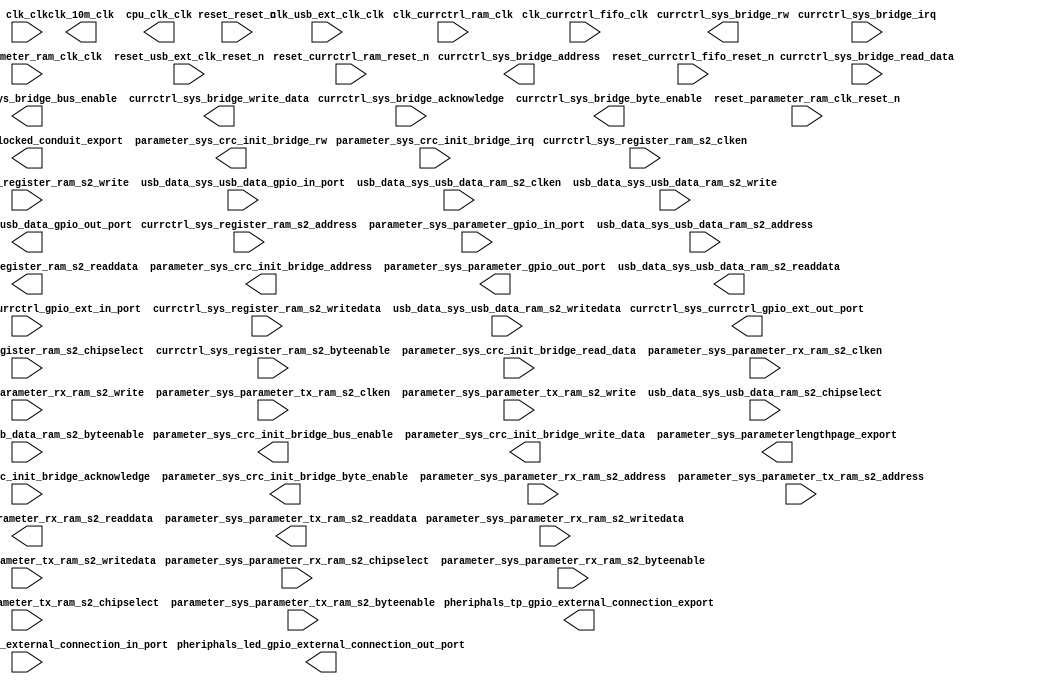

module Mk8_InlineController_CPU (
	altpll_sys_locked_conduit_export,
	clk_clk,
	clk_10m_clk,
	clk_currctrl_fifo_clk,
	clk_currctrl_ram_clk,
	clk_parameter_ram_clk_clk,
	clk_usb_ext_clk_clk,
	cpu_clk_clk,
	currctrl_sys_bridge_acknowledge,
	currctrl_sys_bridge_irq,
	currctrl_sys_bridge_address,
	currctrl_sys_bridge_bus_enable,
	currctrl_sys_bridge_byte_enable,
	currctrl_sys_bridge_rw,
	currctrl_sys_bridge_write_data,
	currctrl_sys_bridge_read_data,
	currctrl_sys_currctrl_gpio_ext_in_port,
	currctrl_sys_currctrl_gpio_ext_out_port,
	currctrl_sys_register_ram_s2_address,
	currctrl_sys_register_ram_s2_chipselect,
	currctrl_sys_register_ram_s2_clken,
	currctrl_sys_register_ram_s2_write,
	currctrl_sys_register_ram_s2_readdata,
	currctrl_sys_register_ram_s2_writedata,
	currctrl_sys_register_ram_s2_byteenable,
	parameter_sys_crc_init_bridge_acknowledge,
	parameter_sys_crc_init_bridge_irq,
	parameter_sys_crc_init_bridge_address,
	parameter_sys_crc_init_bridge_bus_enable,
	parameter_sys_crc_init_bridge_byte_enable,
	parameter_sys_crc_init_bridge_rw,
	parameter_sys_crc_init_bridge_write_data,
	parameter_sys_crc_init_bridge_read_data,
	parameter_sys_parameter_gpio_in_port,
	parameter_sys_parameter_gpio_out_port,
	parameter_sys_parameter_rx_ram_s2_address,
	parameter_sys_parameter_rx_ram_s2_chipselect,
	parameter_sys_parameter_rx_ram_s2_clken,
	parameter_sys_parameter_rx_ram_s2_write,
	parameter_sys_parameter_rx_ram_s2_readdata,
	parameter_sys_parameter_rx_ram_s2_writedata,
	parameter_sys_parameter_rx_ram_s2_byteenable,
	parameter_sys_parameter_tx_ram_s2_address,
	parameter_sys_parameter_tx_ram_s2_chipselect,
	parameter_sys_parameter_tx_ram_s2_clken,
	parameter_sys_parameter_tx_ram_s2_write,
	parameter_sys_parameter_tx_ram_s2_readdata,
	parameter_sys_parameter_tx_ram_s2_writedata,
	parameter_sys_parameter_tx_ram_s2_byteenable,
	parameter_sys_parameterlengthpage_export,
	pheriphals_led_gpio_external_connection_in_port,
	pheriphals_led_gpio_external_connection_out_port,
	pheriphals_tp_gpio_external_connection_export,
	reset_reset_n,
	reset_currctrl_fifo_reset_n,
	reset_currctrl_ram_reset_n,
	reset_parameter_ram_clk_reset_n,
	reset_usb_ext_clk_reset_n,
	usb_data_sys_usb_data_gpio_in_port,
	usb_data_sys_usb_data_gpio_out_port,
	usb_data_sys_usb_data_ram_s2_address,
	usb_data_sys_usb_data_ram_s2_chipselect,
	usb_data_sys_usb_data_ram_s2_clken,
	usb_data_sys_usb_data_ram_s2_write,
	usb_data_sys_usb_data_ram_s2_readdata,
	usb_data_sys_usb_data_ram_s2_writedata,
	usb_data_sys_usb_data_ram_s2_byteenable);	

	output		altpll_sys_locked_conduit_export;
	input		clk_clk;
	output		clk_10m_clk;
	input		clk_currctrl_fifo_clk;
	input		clk_currctrl_ram_clk;
	input		clk_parameter_ram_clk_clk;
	input		clk_usb_ext_clk_clk;
	output		cpu_clk_clk;
	input		currctrl_sys_bridge_acknowledge;
	input		currctrl_sys_bridge_irq;
	output	[6:0]	currctrl_sys_bridge_address;
	output		currctrl_sys_bridge_bus_enable;
	output	[3:0]	currctrl_sys_bridge_byte_enable;
	output		currctrl_sys_bridge_rw;
	output	[31:0]	currctrl_sys_bridge_write_data;
	input	[31:0]	currctrl_sys_bridge_read_data;
	input	[31:0]	currctrl_sys_currctrl_gpio_ext_in_port;
	output	[31:0]	currctrl_sys_currctrl_gpio_ext_out_port;
	input	[7:0]	currctrl_sys_register_ram_s2_address;
	input		currctrl_sys_register_ram_s2_chipselect;
	input		currctrl_sys_register_ram_s2_clken;
	input		currctrl_sys_register_ram_s2_write;
	output	[31:0]	currctrl_sys_register_ram_s2_readdata;
	input	[31:0]	currctrl_sys_register_ram_s2_writedata;
	input	[3:0]	currctrl_sys_register_ram_s2_byteenable;
	input		parameter_sys_crc_init_bridge_acknowledge;
	input		parameter_sys_crc_init_bridge_irq;
	output	[7:0]	parameter_sys_crc_init_bridge_address;
	output		parameter_sys_crc_init_bridge_bus_enable;
	output		parameter_sys_crc_init_bridge_byte_enable;
	output		parameter_sys_crc_init_bridge_rw;
	output	[7:0]	parameter_sys_crc_init_bridge_write_data;
	input	[7:0]	parameter_sys_crc_init_bridge_read_data;
	input		parameter_sys_parameter_gpio_in_port;
	output		parameter_sys_parameter_gpio_out_port;
	input	[10:0]	parameter_sys_parameter_rx_ram_s2_address;
	input		parameter_sys_parameter_rx_ram_s2_chipselect;
	input		parameter_sys_parameter_rx_ram_s2_clken;
	input		parameter_sys_parameter_rx_ram_s2_write;
	output	[31:0]	parameter_sys_parameter_rx_ram_s2_readdata;
	input	[31:0]	parameter_sys_parameter_rx_ram_s2_writedata;
	input	[3:0]	parameter_sys_parameter_rx_ram_s2_byteenable;
	input	[10:0]	parameter_sys_parameter_tx_ram_s2_address;
	input		parameter_sys_parameter_tx_ram_s2_chipselect;
	input		parameter_sys_parameter_tx_ram_s2_clken;
	input		parameter_sys_parameter_tx_ram_s2_write;
	output	[31:0]	parameter_sys_parameter_tx_ram_s2_readdata;
	input	[31:0]	parameter_sys_parameter_tx_ram_s2_writedata;
	input	[3:0]	parameter_sys_parameter_tx_ram_s2_byteenable;
	output	[15:0]	parameter_sys_parameterlengthpage_export;
	input	[7:0]	pheriphals_led_gpio_external_connection_in_port;
	output	[7:0]	pheriphals_led_gpio_external_connection_out_port;
	output	[7:0]	pheriphals_tp_gpio_external_connection_export;
	input		reset_reset_n;
	input		reset_currctrl_fifo_reset_n;
	input		reset_currctrl_ram_reset_n;
	input		reset_parameter_ram_clk_reset_n;
	input		reset_usb_ext_clk_reset_n;
	input		usb_data_sys_usb_data_gpio_in_port;
	output		usb_data_sys_usb_data_gpio_out_port;
	input	[10:0]	usb_data_sys_usb_data_ram_s2_address;
	input		usb_data_sys_usb_data_ram_s2_chipselect;
	input		usb_data_sys_usb_data_ram_s2_clken;
	input		usb_data_sys_usb_data_ram_s2_write;
	output	[31:0]	usb_data_sys_usb_data_ram_s2_readdata;
	input	[31:0]	usb_data_sys_usb_data_ram_s2_writedata;
	input	[3:0]	usb_data_sys_usb_data_ram_s2_byteenable;
endmodule